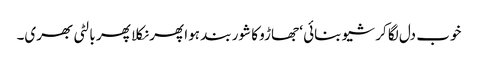
خوب دل لگا کر شیو بنائی ‘ جھاڑو کا شور بند ہوا پھر نکلا پھر بالٹی بھری۔